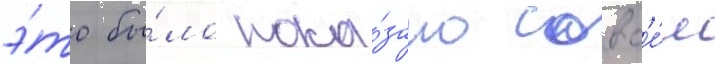
э́то бы́ло пока́зано совс'е́м